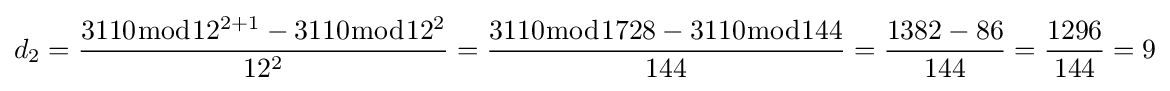
d_{2}={\frac {3110{\bmod {12^{2+1}}}-3110{\bmod {1}}2^{2}}{12^{2}}}={\frac {3110{\bmod {1728}}-3110{\bmod {1}}44}{144}}={\frac {1382-86}{144}}={\frac {1296}{144}}=9